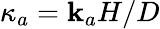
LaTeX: \kappa_{a}=\mathbf{k}_{a}H/D